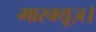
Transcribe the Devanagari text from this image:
मारक्यूज़।